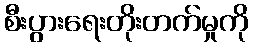
စီးပွားရေးတိုးတက်မှုကို